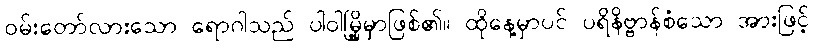
ဝမ်းတော်လားသော ရောဂါသည် ပါဝါမြို့မှာဖြစ်၏။ ထိုနေ့မှာပင် ပရိနိဗ္ဗာန်စံသော အားဖြင့်